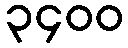
၃၄၀၀